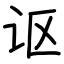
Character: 讴